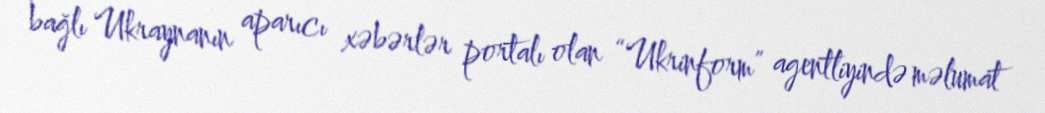
bağlı Ukraynanın aparıcı xəbərlər portalı olan “Ukrinform” agentliyində məlumat